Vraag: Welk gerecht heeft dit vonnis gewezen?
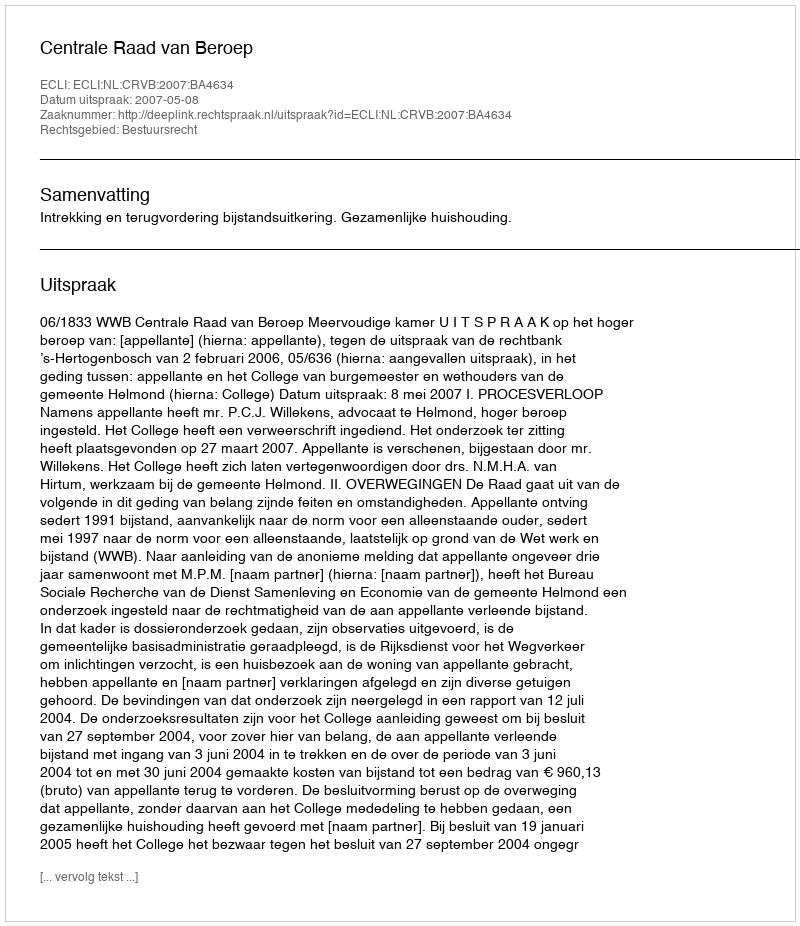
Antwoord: Centrale Raad van Beroep